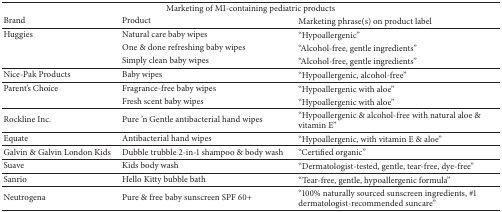
<table><thead><tr><td colspan="3"><b>Marketing of MI-containing pediatric products</b></td></tr><tr><td><b>Brand</b></td><td><b>Product</b></td><td><b>Marketing phrase(s) on product label</b></td></tr></thead><tbody><tr><td>Huggies</td><td>Natural care baby wipes</td><td>“Hypoallergenic&quot;</td></tr><tr><td> </td><td>One &amp; done refreshing baby wipes</td><td>“Alcohol-free, gentle ingredients&quot;</td></tr><tr><td> </td><td>Simply clean baby wipes</td><td>“Alcohol-free, gentle ingredients&quot;</td></tr><tr><td>Nice-Pak Products</td><td>Baby wipes</td><td>“Hypoallergenic, alcohol-free&quot;</td></tr><tr><td>Parent&#x27;s Choice </td><td>Fragrance-free baby wipes</td><td>“Hypoallergenic with aloe&quot;</td></tr><tr><td> </td><td>Fresh scent baby wipes</td><td>“Hypoallergenic with aloe&quot;</td></tr><tr><td>Rockline Inc.</td><td>Pure &#x27;n Gentle antibacterial hand wipes</td><td>“Hypoallergenic &amp; alcohol-free with natural aloe &amp; vitamin E&quot;</td></tr><tr><td>Equate</td><td>Antibacterial hand wipes</td><td>“Hypoallergenic, with vitamin E &amp; aloe&quot;</td></tr><tr><td>Galvin &amp; Galvin London Kids</td><td>Dubble trubble 2-in-1 shampoo &amp; body wash</td><td>“Certified organic&quot;</td></tr><tr><td>Suave </td><td>Kids body wash</td><td>“Dermatologist-tested, gentle, tear-free, dye-free&quot;</td></tr><tr><td>Sanrio</td><td>Hello Kitty bubble bath</td><td>“Tear-free, gentle, hypoallergenic formula&quot;</td></tr><tr><td>Neutrogena </td><td>Pure &amp; free baby sunscreen SPF 60+</td><td>“100% naturally sourced sunscreen ingredients, #1 dermatologist-recommended suncare&quot;</td></tr></tbody></table>